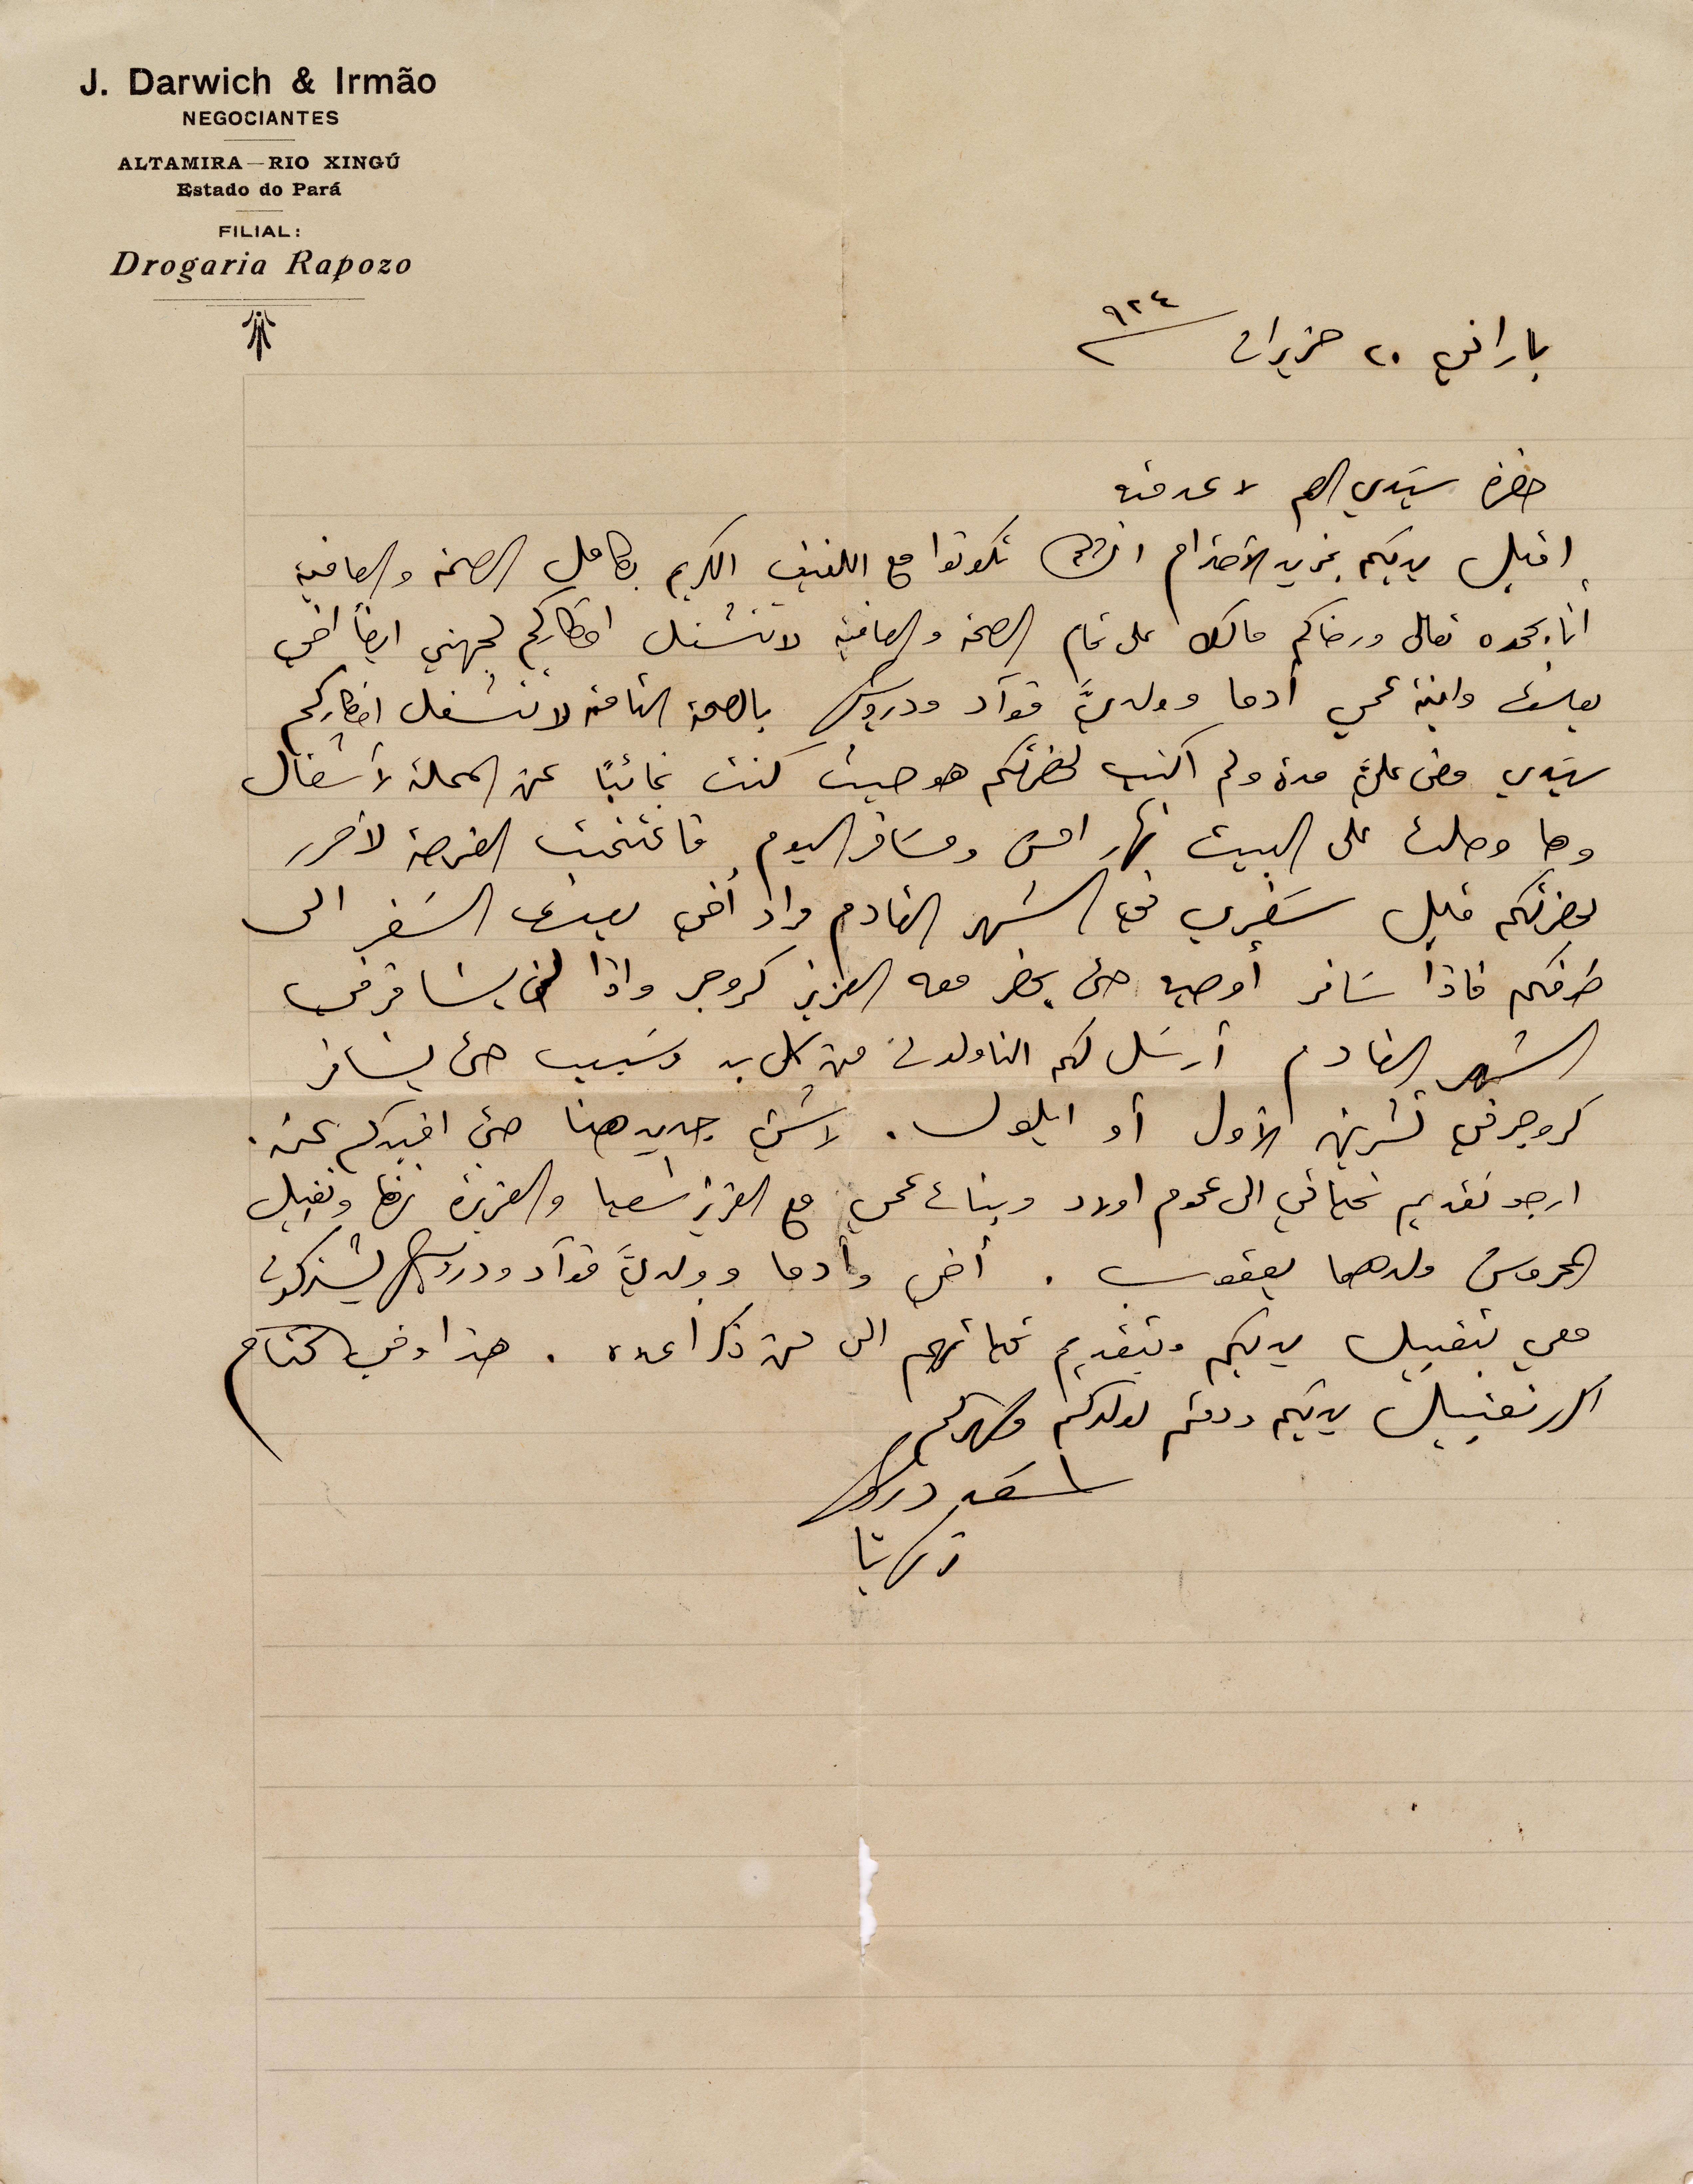
باراني ٢٠ حزيران ٩٢٤
حضرة سَيدي العم لا عد منه
اقبل يديكم بمزيد الاحترام انشالله تكونوا مع اللفيف الكريم بكامل الصحة والعافي
انا بحمده تعالى ورضاكم مالك على تمام الصحة والعافية لا تنشغل افكاركم لجهتي ايضا أخي
يوسف وابنة عمي ادما وولدي فوآد ودرويش بالصحة التامة لا تنشغل افكاركم
سَيدي مضى علي مدة ولم اكتب لحضرتكم هو حيث كنت غائباً عن المحلة لأشغال
وها وصلت الى البيت نهار امس ومسَافر اليوم فاغتنمت الفرصة لأحرر
لحضرتكم قبل سَفري في الشهر القادم مراد اخي يعدني السَفر الى
طرفكم فاذا سَافر أوصيه حتى يحضر معه العزيز كروجر واذا لم يسافر في
الشهر القادم أرسَل لكم الناولون من كل بد وسَبب حتى يسافر
كروجر في تشرين الأول أو أيلول. لا شيء جديد هنا حتى افيدكم عنه.
ارجو تقديم تحياتي الى عموم اولاد وبنات عمي مع العزيز اشعيا والعزيزة نزها وتقبيل
المحروس ولدهما يعقوب. أخي وأدما وولديَّ فوآد ودرويش يشتركون
معي بتقبل يديكم وبتقديم تحياتهم الى من ذكر اعده. هذا وفي الختام
اكرر تقبيل يديكم ودمتم لولدكم وصهركم
اسعد درويش
زكريا